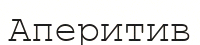
Аперитив